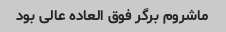
ماشروم برگر فوق العاده عالی بود